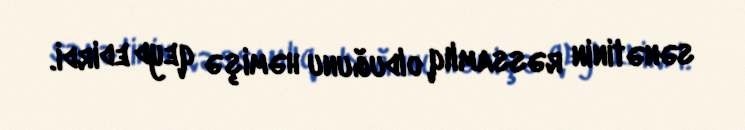
sənətinin rəssamlıq olduğunu həmişə qeyd edirdi.